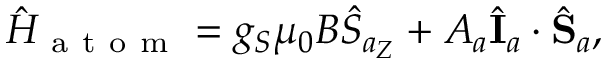
{ } \hat { H } _ { \mathrm { ~ a ~ t ~ o ~ m ~ } } = g _ { S } \mu _ { 0 } B \hat { S } _ { a _ { Z } } + A _ { a } \hat { \mathbf { I } } _ { a } \cdot \hat { \mathbf { S } } _ { a } ,